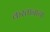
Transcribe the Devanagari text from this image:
करतानाचा